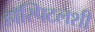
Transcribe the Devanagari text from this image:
हॉस्पिटलशी